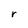
Character: r